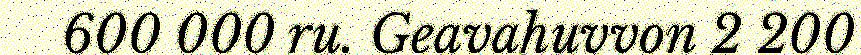
600 000 ru. Geavahuvvon 2 200